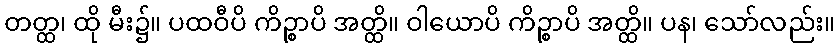
တတ္ထ၊ ထို မီး၌။ ပထဝီပိ ကိဉ္စာပိ အတ္ထိ။ ဝါယောပိ ကိဉ္စာပိ အတ္ထိ။ ပန၊ သော်လည်း။